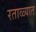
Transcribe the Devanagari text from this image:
रताळ्यात